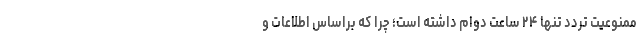
ممنوعیت تردد تنها ۲۴ ساعت دوام داشته است؛ چرا که براساس اطلاعات و